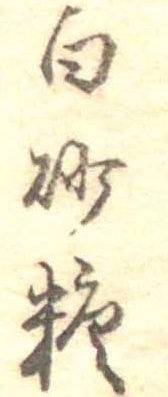
白砂糖